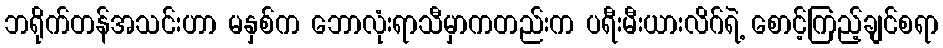
ဘရိုက်တန်အသင်းဟာ မနှစ်က ဘောလုံးရာသီမှာကတည်းက ပရီးမီးယားလိဂ်ရဲ့ စောင့်ကြည့်ချင်စရာ